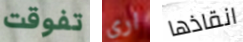
تفوقت اري انقاذها